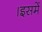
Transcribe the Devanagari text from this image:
।इसमें